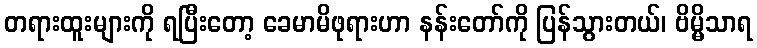
တရားထူးများကို ရပြီးတော့ ခေမာမိဖုရားဟာ နန်းတော်ကို ပြန်သွားတယ်၊ ဗိမ္မိသာရ